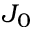
J _ { 0 }